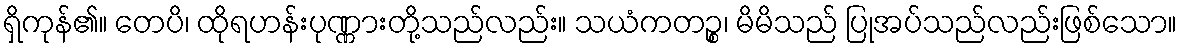
ရှိကုန်၏။ တေပိ၊ ထိုရဟန်းပုဏ္ဏားတို့သည်လည်း။ သယံကတဉ္စ၊ မိမိသည် ပြုအပ်သည်လည်းဖြစ်သော။